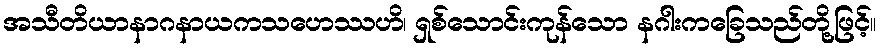
အသီတိယာနာဂနာယကသဟေဿဟိ၊ ရှစ်သောင်းကုန်သော နဂါးကခြေသည်တို့ဖြင့်။